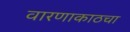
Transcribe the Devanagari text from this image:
वारणाकाठचा